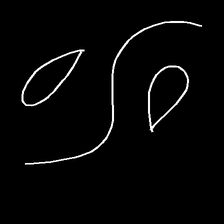
Glyph: water